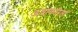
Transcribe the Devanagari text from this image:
अंधांकरिता